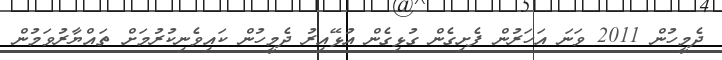
ދެމީހުން 2011 ވަނަ އަހަރުން ފެށިގެން ގުޅިގެން އުޅޭއިރު ދެމީހުން ކައިވެނިކުރުމަށް ތައްޔާރުވަމުން